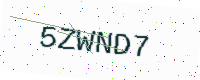
Text: 5ZWND7